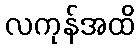
လကုန်အထိ